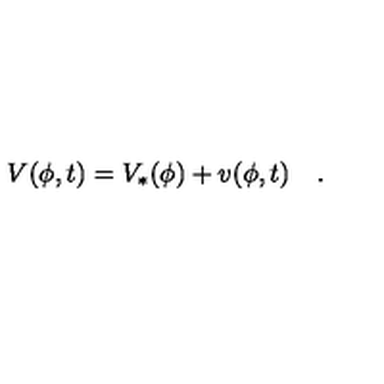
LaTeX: V ( \phi , t ) = V _ { * } ( \phi ) + v ( \phi , t ) \quad .